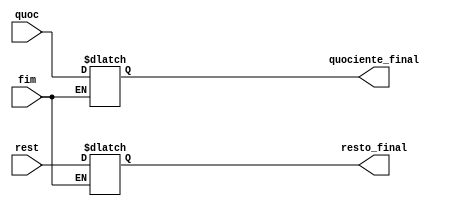
module regRes(  quoc, rest, fim, quociente_final, resto_final);

input fim;
input [7:0] quoc;
input [8:0] rest;

output reg [7:0] quociente_final;
output reg [8:0] resto_final;

always @ (fim)
begin

	if (fim)
		 
			if(fim == 1'b1)
		begin
			quociente_final <= quoc;
			resto_final <= rest;
		end
end
endmodule